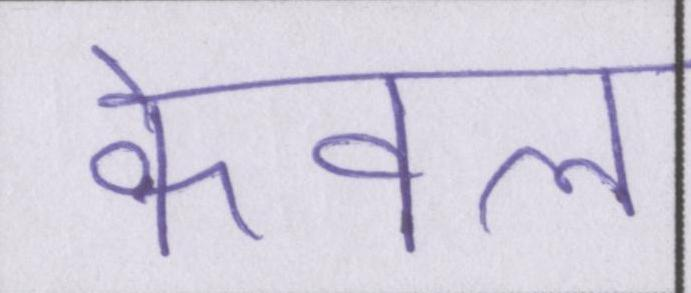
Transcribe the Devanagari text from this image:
केवल